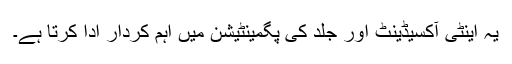
یہ اینٹی آکسیڈینٹ اور جلد کی پگمینٹیشن میں اہم کردار ادا کرتا ہے۔